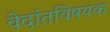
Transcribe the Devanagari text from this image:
वेदांतविषयक